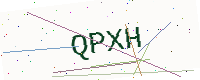
Text: QPXH